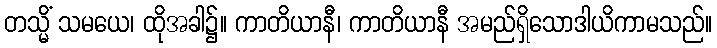
တသ္မိံ သမယေ၊ ထိုအခါ၌။ ကာတိယာနီ၊ ကာတိယာနီ အမည်ရှိသောဒါယိကာမသည်။